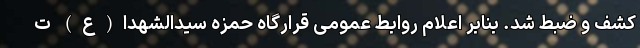
کشف و ضبط شد. بنابر اعلام روابط عمومی قرارگاه حمزه سیدالشهدا(ع) ت